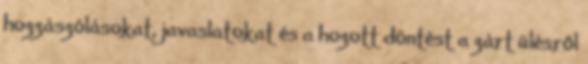
hozzászólásokat, javaslatokat és a hozott döntést a zárt ülésről